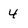
Character: 4